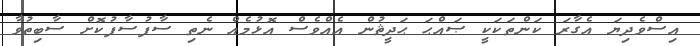
އިސްވެދިޔަ އެގާރަ ކަންތަކަކީ ޞައްޙަ ޙަދީޘުން އެއްވެސް އޮޅުމެއް ނެތި ސާފުސާފުކޮށް ސާބިތުވާ